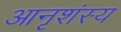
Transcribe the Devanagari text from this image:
आनृशंस्य